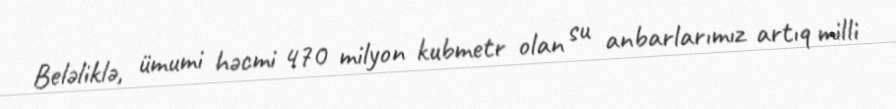
Beləliklə, ümumi həcmi 470 milyon kubmetr olan su anbarlarımız artıq milli